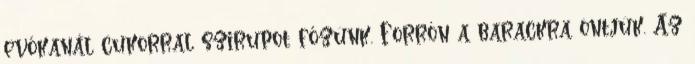
evőkanál cukorral szirupot főzünk. Forrón a barackra öntjük. Az